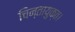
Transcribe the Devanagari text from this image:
चिन्तायुक्त।